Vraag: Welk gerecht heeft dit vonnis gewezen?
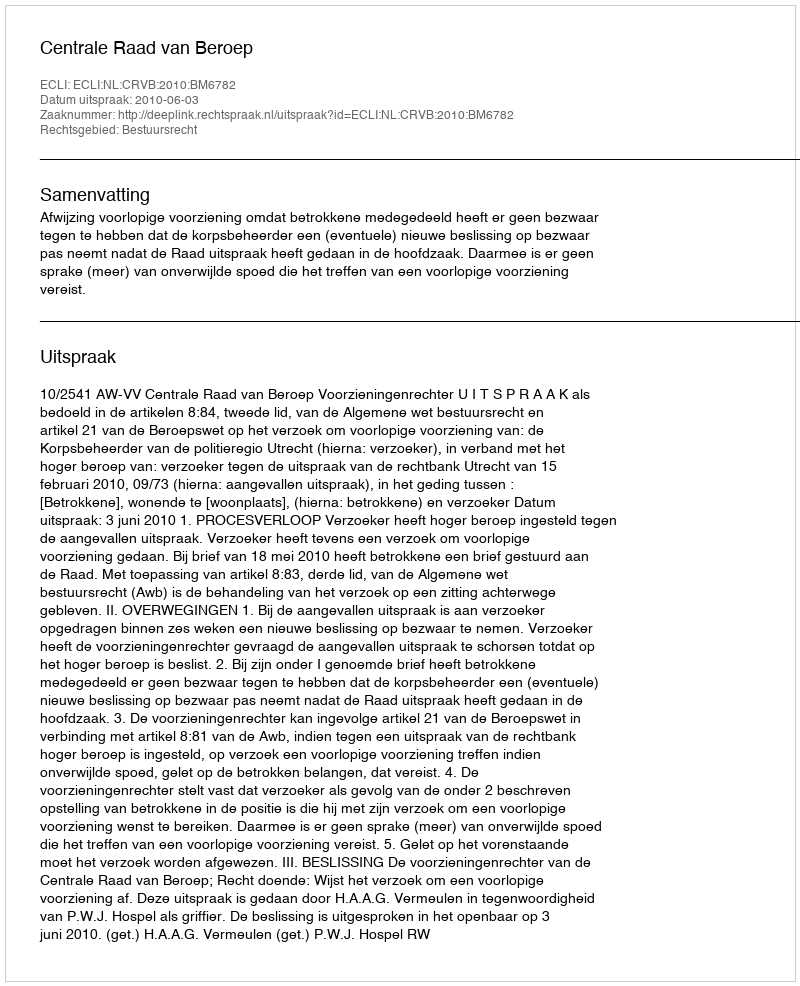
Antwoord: Centrale Raad van Beroep